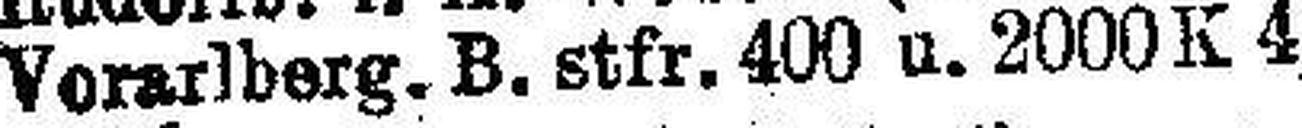
Vorarlberg. B. stfr. 400 u. 2000K 4